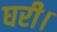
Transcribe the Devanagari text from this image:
घरी।